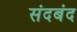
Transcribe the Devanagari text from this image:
संदबंद